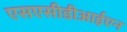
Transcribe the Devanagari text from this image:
एसएसीडीआईएन